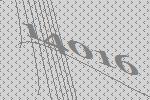
14016